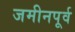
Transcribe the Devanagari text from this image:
जमीनपूर्व